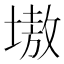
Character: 𡏼